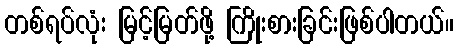
တစ်ရပ်လုံး မြင့်မြတ်ဖို့ ကြိုးစားခြင်းဖြစ်ပါတယ်။